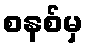
စနစ်မှ